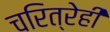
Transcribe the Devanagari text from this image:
चरित्रेही